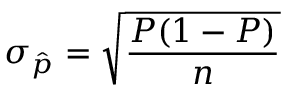
\sigma _ { \hat { p } } = { \sqrt { \frac { P ( 1 - P ) } { n } } }